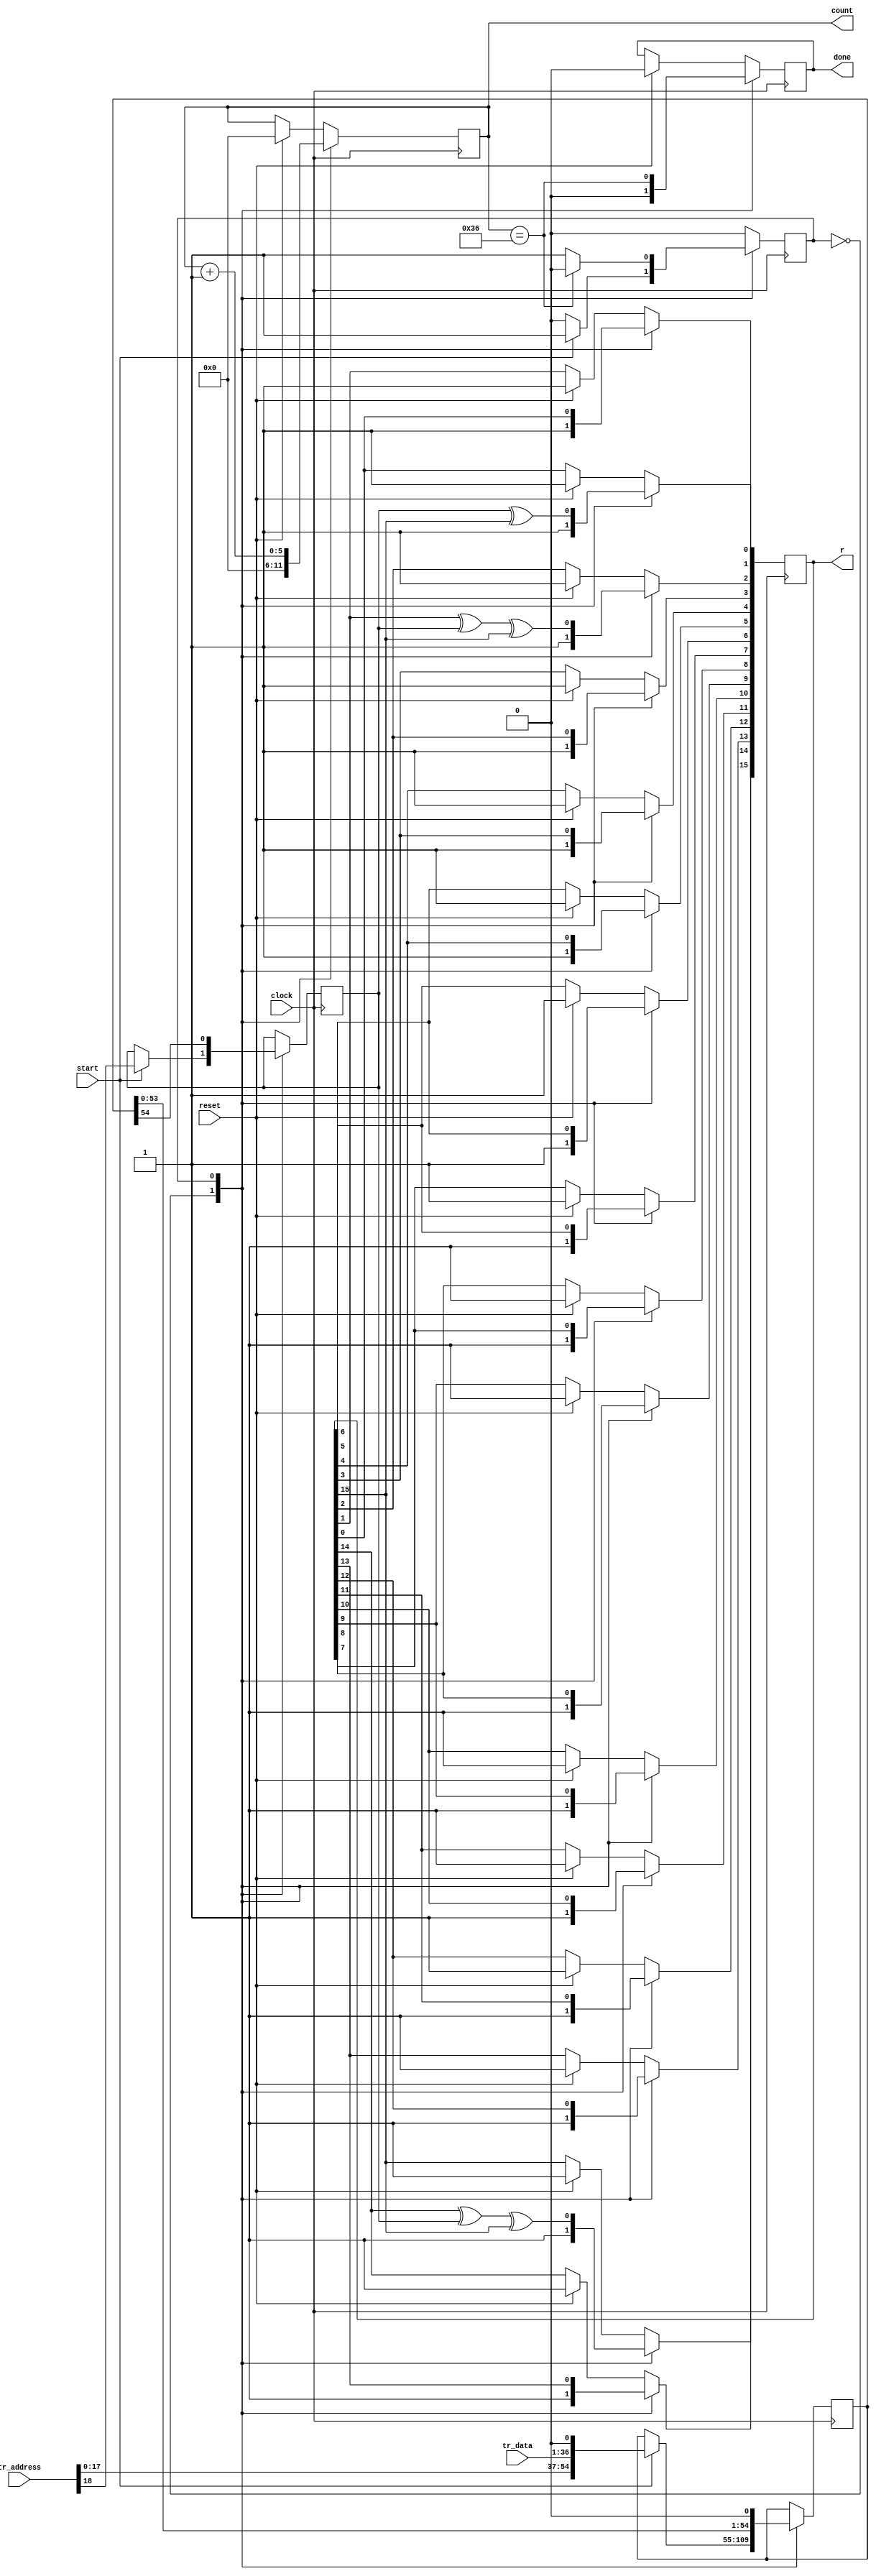
`timescale 1ns / 1ps
//////////////////////////////////////////////////////////////////////////////////
// Company: 
// Engineer: 
// 
// Design Name: 
// Module Name:    CRC 
// Project Name: 
// Target Devices: 
// Tool versions: 
// Description: 
//
// Dependencies: 
//
// Revision: 
// Revision 0.01 - File Created
// Additional Comments: 
//
//////////////////////////////////////////////////////////////////////////////////


module transmitter_crc(
    input clock,
    input start,
	 input reset,
    input [35:0] tr_data,
	 input [18:0] tr_address,
    output reg done,
    output reg [15:0] r,
	 output reg [5:0] count 
    );
	
	
	reg temp;
	reg [54:0] packet;
	reg state;
	parameter S_IDLE = 0;
	parameter S_CRC = 1;
	initial state = 0;
	
	always @(posedge clock) begin
	
		if (reset) begin
			done <= 0;
			r[15:0] <= 16'hFFFF;
			count <= 0;
		end
	
		case (state)
		
		S_IDLE: begin
		
			if (~start) begin
				done <= 0;
				r[15:0] <= 16'hFFFF;
				count <= 0;
			end
		
			else if (start) begin // CRC initilized, reset and begin calculation
				temp <= tr_address[18]; //data[50];
				packet <= {tr_address[17:0],tr_data[35:0],1'b0}; // {data[49:0],1'b0};
				r[15:0] <= 16'hFFFF;
				count <= 0;
				done <= 0;
				state <= S_CRC;
			end
			
		end
		
		S_CRC: begin
		
			// begin when start is deasserted, break when done
			temp <= packet[54];
			packet <= {packet[53:0],1'b0};
			r[0]  <=  temp ^ r[15];
			r[1]  <=  r[0];
			r[2]  <=  r[1] ^ temp ^ r[15];
			r[3]  <=  r[2];
			r[4]  <=  r[3];
			r[5]  <=  r[4];
			r[6]  <=  r[5];
			r[7]  <=  r[6];
			r[8]  <=  r[7];
			r[9]  <=  r[8];
			r[10] <=  r[9];
			r[11] <=  r[10];
			r[12] <=  r[11];
			r[13] <=  r[12];
			r[14] <=  r[13];
			r[15] <=  r[14] ^ temp ^ r[15];
			
			count <= count + 1; // increment counter
			done <= (count == 54); // reached packet_length_th bit
			state <= (count == 54) ? S_IDLE : S_CRC;
		
		end
		
		default: state <= S_IDLE;
		
		endcase
		
	end

endmodule